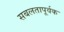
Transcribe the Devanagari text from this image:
सबलतापूर्वक